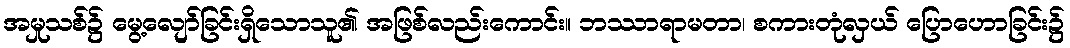
အမှုသစ်၌ မွေ့လျော်ခြင်းရှိသောသူ၏ အဖြစ်လည်းကောင်း။ ဘဿာရာမတာ၊ စကားတုံလှယ် ပြောဟောခြင်း၌